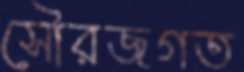
সৌরজগত